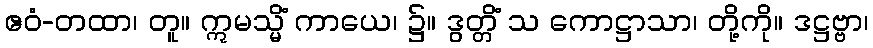
ဧဝံ-တထာ၊ တူ။ ဣမသ္မိံ ကာယေ၊ ၌။ ဒွတ္တိံ သ ကောဋ္ဌာသာ၊ တို့ကို။ ဒဋ္ဌဗ္ဗာ၊